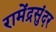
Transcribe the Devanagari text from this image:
रामेंद्रसुंदर